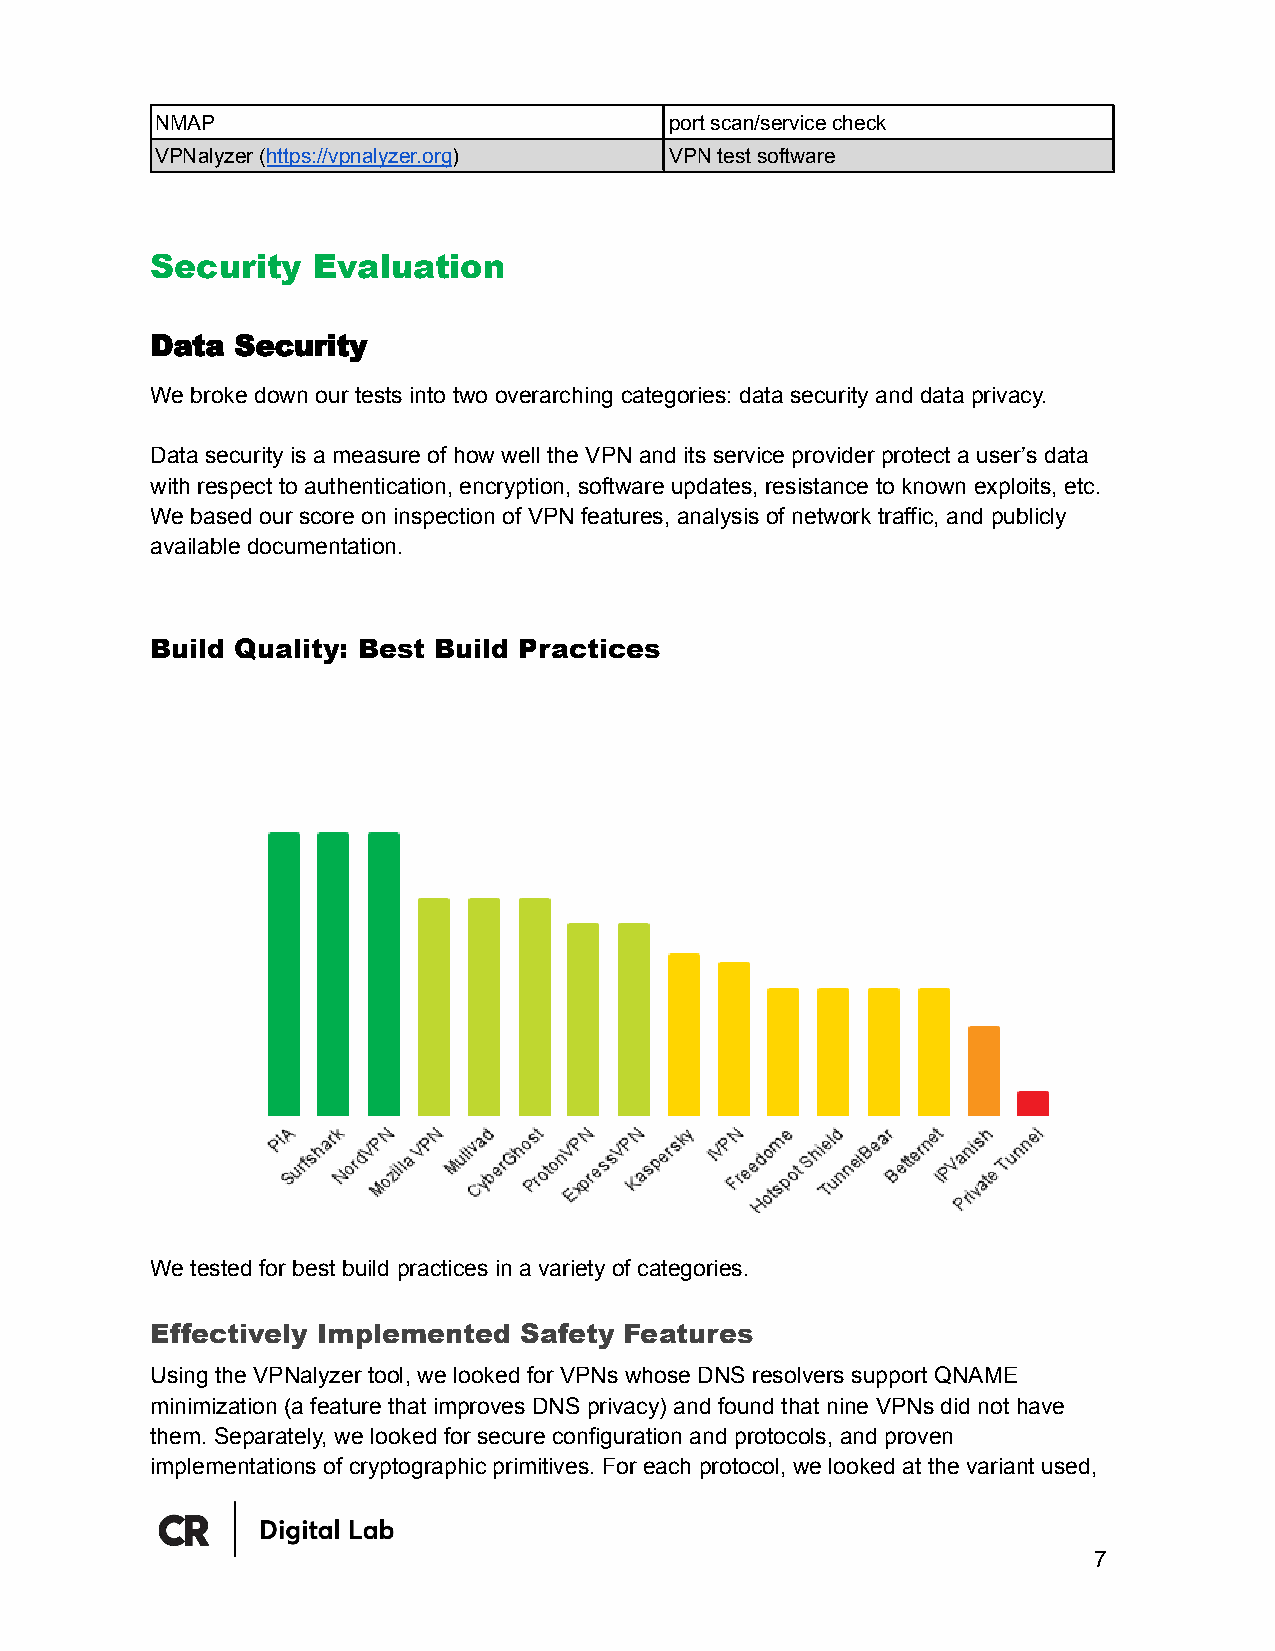
NMAP                              port scan/service check
 VPNalyzer (https://vpnalyzer.org) VPN test software
 Security   Evaluation
 Data Security
 We broke down our tests into two overarching categories: data security and data privacy.
 Data security is a measure of how well the VPN and its service provider protect a user’s data
 with respect to authentication, encryption, software updates, resistance to known exploits, etc.
 We based our score on inspection of VPN features, analysis of network traffic, and publicly
 available documentation.
 Build Quality: Best Build Practices
 We tested for best build practices in a variety of categories.
 Effectively Implemented Safety Features
 Using the VPNalyzer tool, we looked for VPNs whose DNS resolvers support QNAME
 minimization (a feature that improves DNS privacy) and found that nine VPNs did not have
 them. Separately, we looked for secure configuration and protocols, and proven
 implementations of cryptographic primitives. For each protocol, we looked at the variant used,
 7